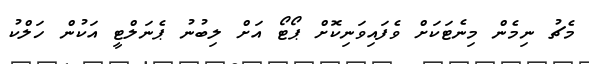
މެޗު ނިމެން މިނެޓަކަށް ވެފައިވަނިކޮށް ޕޯޓޯ އަށް ލިބުނު ޕެނަލްޓީ އަކުން ހަލްކު